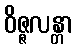
ဝိဇ္ဇလန္တာ